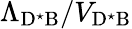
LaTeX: \Lambda_{\mathrm{D^{\star}B}}/V_{\mathrm{D^{\star}B}}